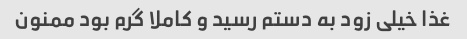
غذا خیلی زود به دستم رسید و کاملا گرم بود ممنون